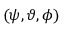
( \psi , \vartheta , \phi )